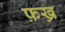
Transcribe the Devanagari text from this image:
फ़ख्र